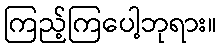
ကြည့်ကြပေါ့ဘုရား။